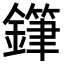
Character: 𨬾